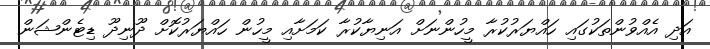
އަދި އެއްވުންތަކުގައި ހައްޔަރުކުރާ މީހުންނަށް އަނިޔާކުރާ ކަމަށާއި މީހުން ހައްޔަރުކޮށް ދޫނިދޫ ޑިޓެންޝަން